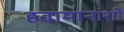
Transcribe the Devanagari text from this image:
हवामानांशी